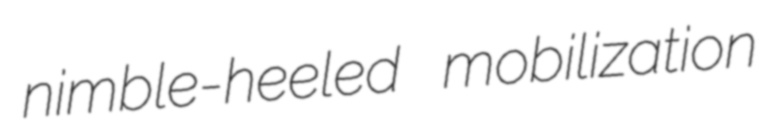
nimble-heeled mobilization